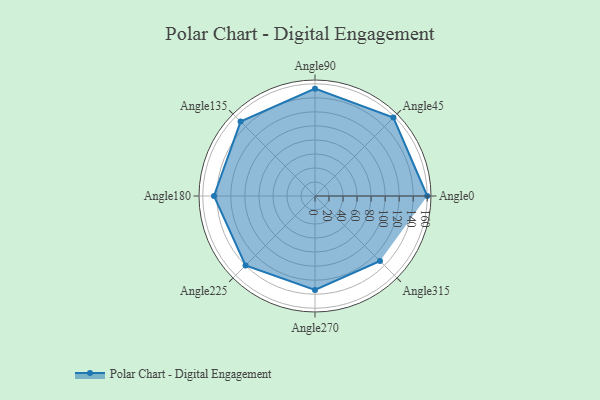
{"axis": {"x": "Angle", "y": "Radius"}, "legend": [""], "data": [{"x": "Angle0", "y": 160.0, "type": ""}, {"x": "Angle45", "y": 158.0, "type": ""}, {"x": "Angle90", "y": 153.0, "type": ""}, {"x": "Angle135", "y": 150.0, "type": ""}, {"x": "Angle180", "y": 144.0, "type": ""}, {"x": "Angle225", "y": 140.0, "type": ""}, {"x": "Angle270", "y": 134.0, "type": ""}, {"x": "Angle315", "y": 131.0, "type": ""}]}